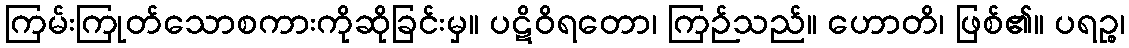
ကြမ်းကြုတ်သောစကားကိုဆိုခြင်းမှ။ ပဋိဝိရတော၊ ကြဉ်သည်။ ဟောတိ၊ ဖြစ်၏။ ပရဉ္စ၊